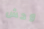
وحش